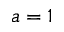
a = 1